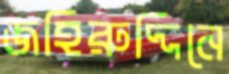
জহিরুদ্দিনে